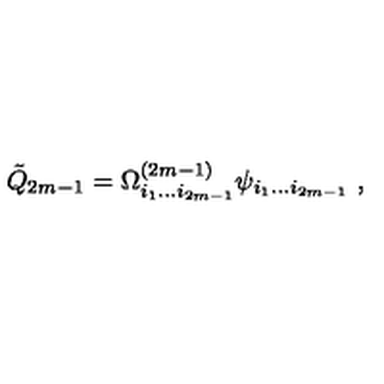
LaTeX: { \tilde { Q } } _ { 2 m - 1 } = \Omega _ { i _ { 1 } \dots i _ { 2 m - 1 } } ^ { ( 2 m - 1 ) } \psi _ { i _ { 1 } \dots i _ { 2 m - 1 } } \ ,